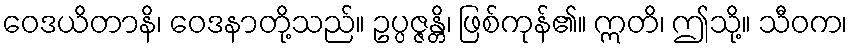
ဝေဒယိတာနိ၊ ဝေဒနာတို့သည်။ ဥပ္ပဇ္ဇန္တိ၊ ဖြစ်ကုန်၏။ ဣတိ၊ ဤသို့။ သီဝက၊